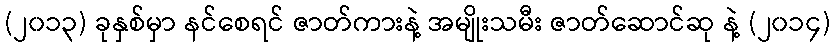
(၂၀၁၃) ခုနှစ်မှာ နင်စေရင် ဇာတ်ကားနဲ့ အမျိုးသမီး ဇာတ်ဆောင်ဆု နဲ့ (၂၀၁၄)